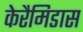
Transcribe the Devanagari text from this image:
केरैमिडास